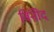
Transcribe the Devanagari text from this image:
विनोेद